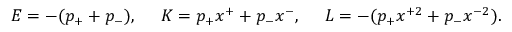
E = - ( p _ { + } + p _ { - } ) , ~ ~ ~ ~ K = p _ { + } x ^ { + } + p _ { - } x ^ { - } , ~ ~ ~ ~ L = - ( p _ { + } x ^ { + 2 } + p _ { - } x ^ { - 2 } ) .